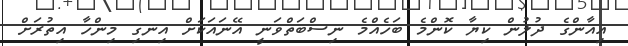
އިއާންގެ ދުލުން ކިޔާ ކޮންމެ ބަހެއްމެ ނިސްބަތްވަނީ އޭނައަކަށް އިނގި މިންހާ އިތުރަށް